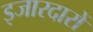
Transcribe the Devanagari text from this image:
इजारदारों